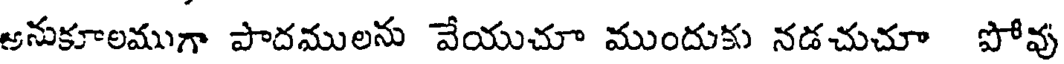
అనుకూలముగా పాదములను వేయుచూ ముందుకు నడచుచూ పోవు